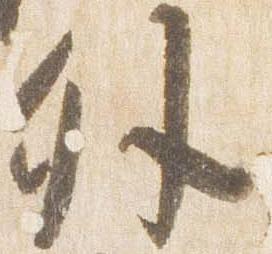
外